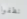
نظفوا